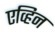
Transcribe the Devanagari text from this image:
एव्हिन